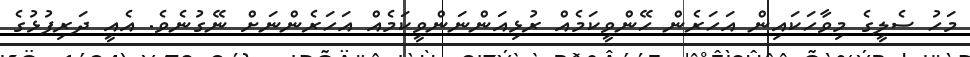
މަހު ސެލީގެ މިވާހަކައިން އަހަރެން ހޭންވީކަމެއް ރުޅިއަންނަންވީކަމެއް އަހަރެންނަށް ނޭގުނެވެ. އެއީ ދަރިފުޅުގެ